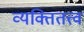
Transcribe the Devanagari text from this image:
व्यक्तितत्त्व